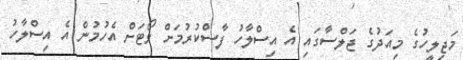
މަޖިލީހުގެ މިއަދުގެ ޖަލްސާގައި އެ އިސްލާހު ފާސްކުުރުމަށް ވޯޓަށް އެހުމުން އެ އިސްލާހު